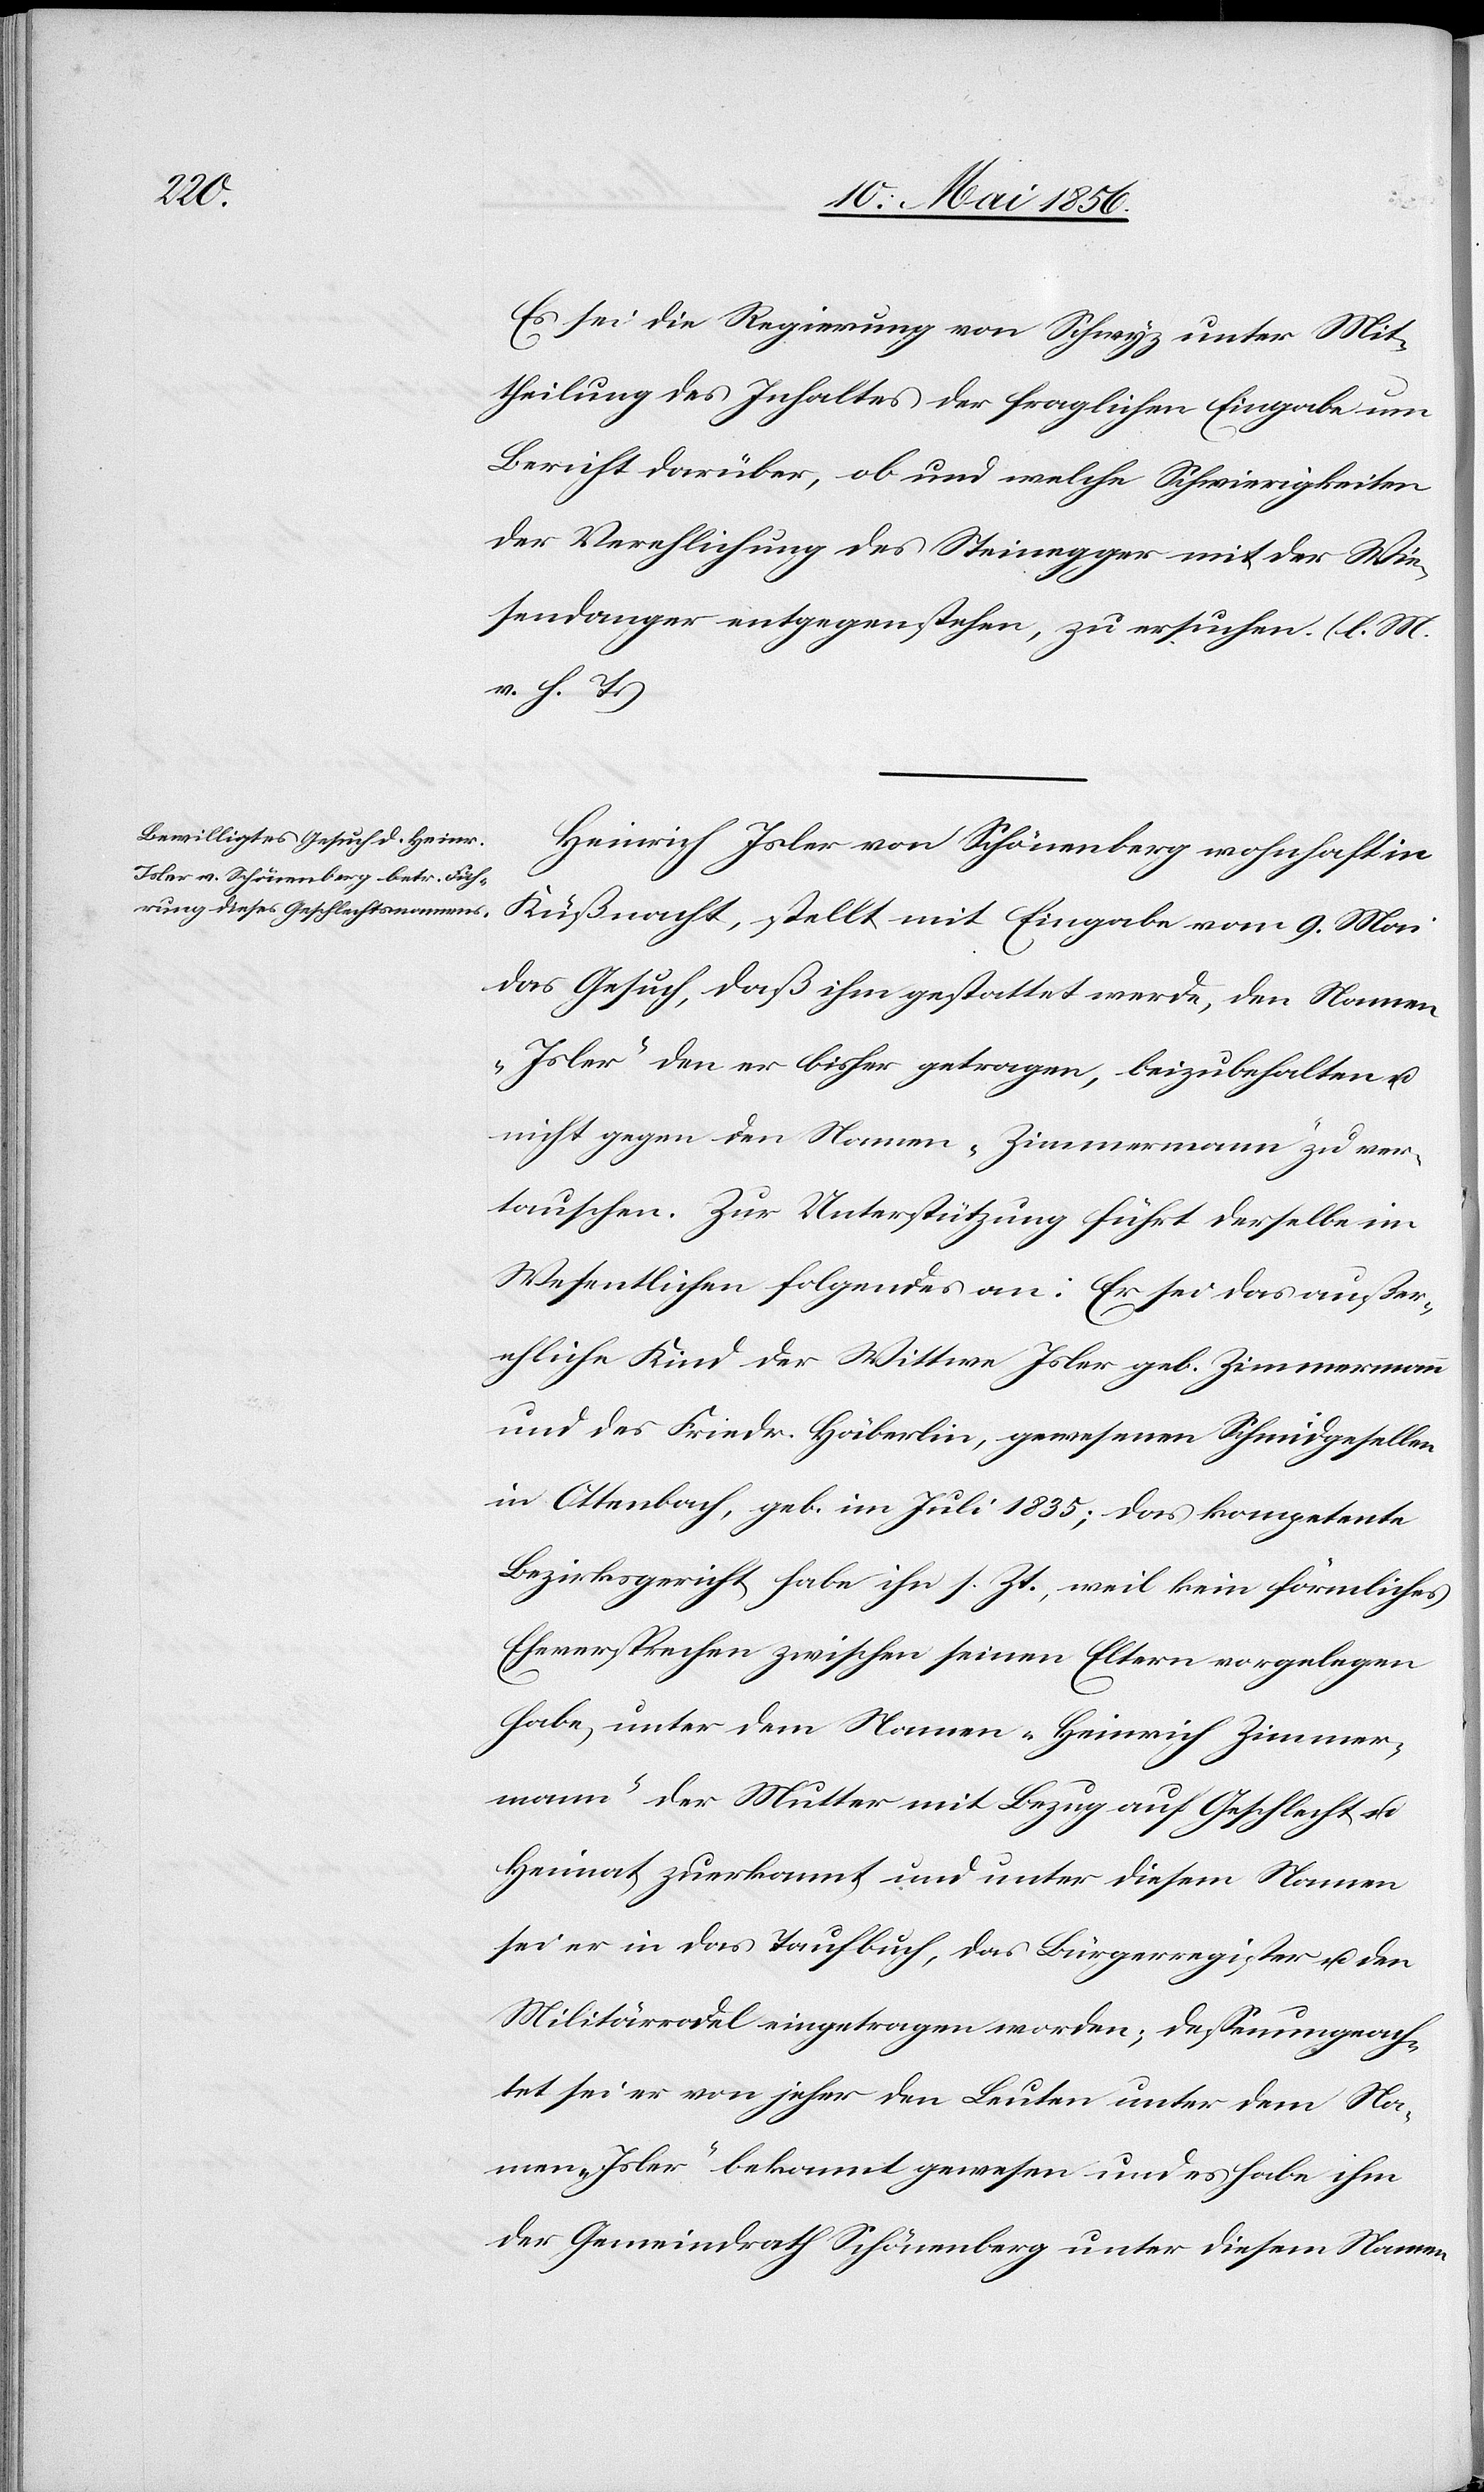
Es sei die Regierung von Schwyz unter Mit¬
theilung des Inhaltes der fraglichen Eingabe um
Bericht darüber, ob und welche Schwierigkeiten
der Verehlichung des Steinegger mit der Wie¬
sendanger entgegenstehen, zu ersuchen. (l. M.
v. h. T.)
Heinrich Isler von Schönenberg wohnhaft in
Küßnacht, stellt mit Eingabe vom 9. Mai
das Gesuch, das ihm gestattet werde, den Namen
„Isler“ den er bisher getragen, beizubehalten u.
nicht gegen den Namen „Zimmermann“ zu ver¬
tauschen. Zur Unterstützung führt derselbe im
Wesentlichen folgendes an: Er sei das außer¬
ehliche Kind der Wittwe Isler geb. Zimmermann
und des Friedr. Häberlin, gewesenen Schmidgesellen
in Ottenbach, geb. im Juli 1835; das kompetente
Bezirksgericht habe ihn s. Zt., weil kein förmliches
Eheversprechen zwischen seinen Eltern vorgelegen
habe, unter dem Namen „Heinrich Zimmer¬
mann“ der Mutter mit Bezug auf Geschlecht u.
Heimat zuerkannt und unter diesem Namen
sei er in das Taufbuch, das Bürgerregister u. den
Militärrodel eingetragen worden; dessenungeach¬
tet sei er von jeher den Leuten unter dem Na¬
men „Isler“ bekannt gewesen und es habe ihm
der Gemeindrath Schönenberg unter diesem Namen